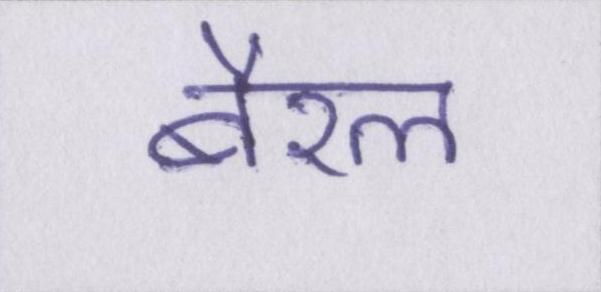
बैरल